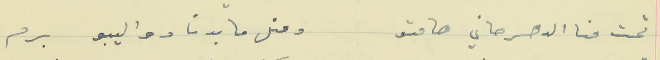
تحت منا الدهر حاني هامتو                                   ومتل ما بدنا دواليبو برم